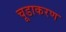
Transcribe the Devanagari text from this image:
चूडाकरण